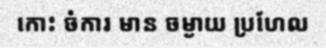
កោះ ចំការ មាន ចម្ងាយ ប្រហែល